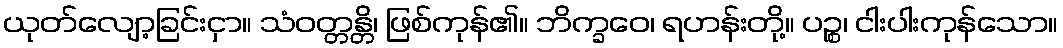
ယုတ်လျော့ခြင်းငှာ။ သံဝတ္တန္တိ၊ ဖြစ်ကုန်၏။ ဘိက္ခဝေ၊ ရဟန်းတို့။ ပဉ္စ၊ ငါးပါးကုန်သော။